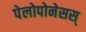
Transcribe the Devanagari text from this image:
पेलोपोनेसस्‌